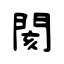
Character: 閡